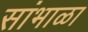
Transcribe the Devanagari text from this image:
सांभाळा